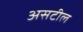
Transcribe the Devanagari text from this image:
असटील